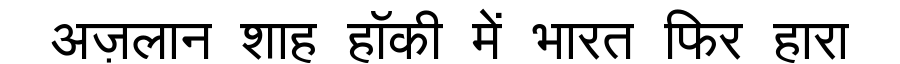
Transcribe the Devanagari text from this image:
अज़लान शाह हॉकी में भारत फिर हारा